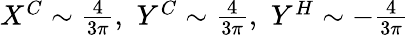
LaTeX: \begin{array}{r}{X^{C}\sim\frac{4}{3\pi},\, \, Y^{C}\sim\frac{4}{3\pi},\, \, Y^{H}\sim-\frac{4}{3\pi}}\end{array}